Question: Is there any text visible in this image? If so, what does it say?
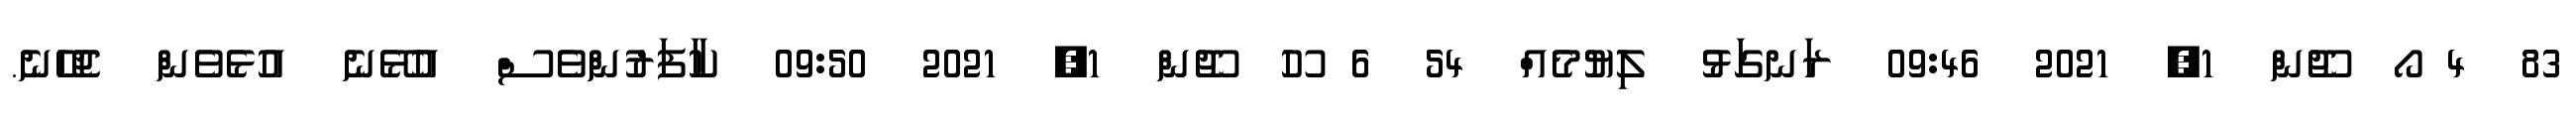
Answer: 83 4 ޯ ޖޫން 1, 2021 09:46 ރަނގަޅު ލިޔުމެއް 54 6 ހޫ ޖޫން 1, 2021 09:50 ކާފަރުންވެސް އުޅޭނެ އުޅެވެން ޖެހޭނެ.